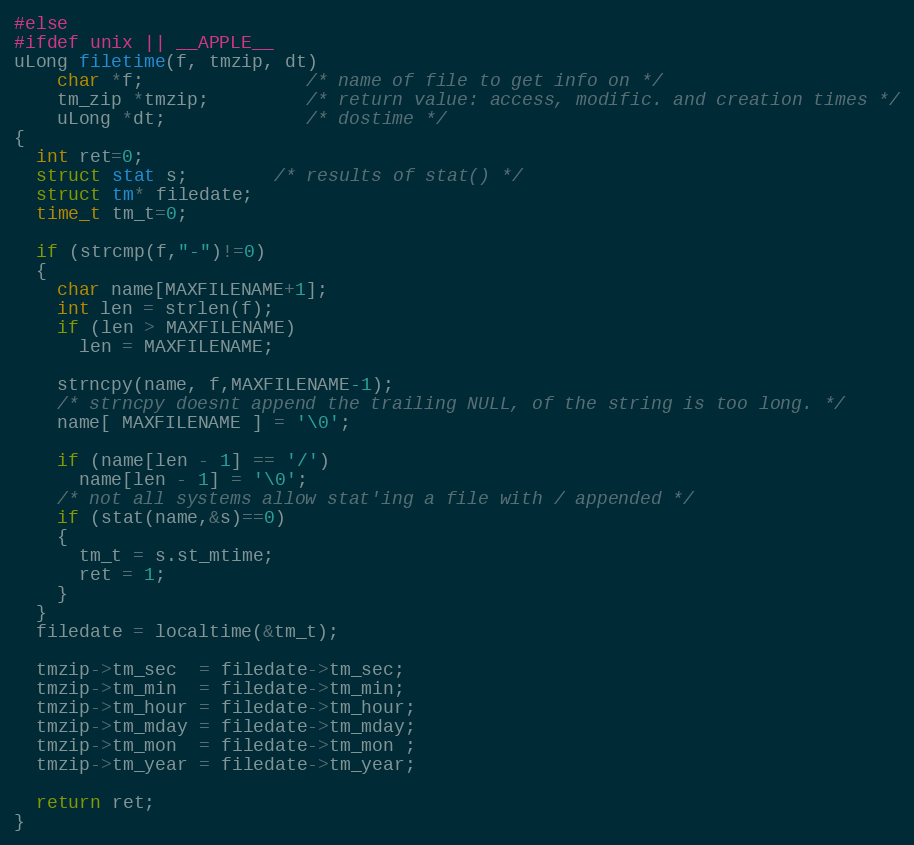
Language: C
#else
#ifdef unix || __APPLE__
uLong filetime(f, tmzip, dt)
    char *f;               /* name of file to get info on */
    tm_zip *tmzip;         /* return value: access, modific. and creation times */
    uLong *dt;             /* dostime */
{
  int ret=0;
  struct stat s;        /* results of stat() */
  struct tm* filedate;
  time_t tm_t=0;

  if (strcmp(f,"-")!=0)
  {
    char name[MAXFILENAME+1];
    int len = strlen(f);
    if (len > MAXFILENAME)
      len = MAXFILENAME;

    strncpy(name, f,MAXFILENAME-1);
    /* strncpy doesnt append the trailing NULL, of the string is too long. */
    name[ MAXFILENAME ] = '\0';

    if (name[len - 1] == '/')
      name[len - 1] = '\0';
    /* not all systems allow stat'ing a file with / appended */
    if (stat(name,&s)==0)
    {
      tm_t = s.st_mtime;
      ret = 1;
    }
  }
  filedate = localtime(&tm_t);

  tmzip->tm_sec  = filedate->tm_sec;
  tmzip->tm_min  = filedate->tm_min;
  tmzip->tm_hour = filedate->tm_hour;
  tmzip->tm_mday = filedate->tm_mday;
  tmzip->tm_mon  = filedate->tm_mon ;
  tmzip->tm_year = filedate->tm_year;

  return ret;
}